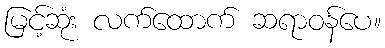
မြင့်ဆုံး လက်ထောက် ဆရာဝန်ပေ။